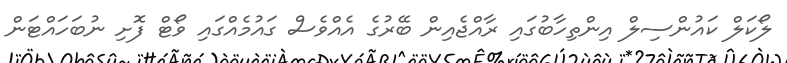
ލޯކަލް ކައުންސިލް އިންތިހާބުގައި ރާއްޖެއިން ބޭރުގެ އެއްވެސް ގައުމެއްގައި ވޯޓް ފޮށި ނުބަހައްޓަން